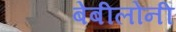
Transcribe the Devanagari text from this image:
बेबीलोनी